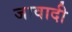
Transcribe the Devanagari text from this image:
जावादी